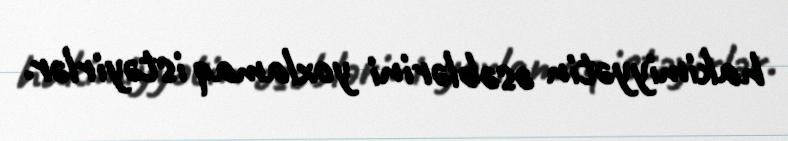
hakimiyyətin əsəblərini yoxlamaq istəyirlər.